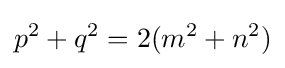
\displaystyle p^{2}+q^{2}=2(m^{2}+n^{2})